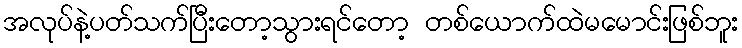
အလုပ်နဲ့ပတ်သက်ပြီးတော့သွားရင်တော့ တစ်ယောက်ထဲမမောင်းဖြစ်ဘူး